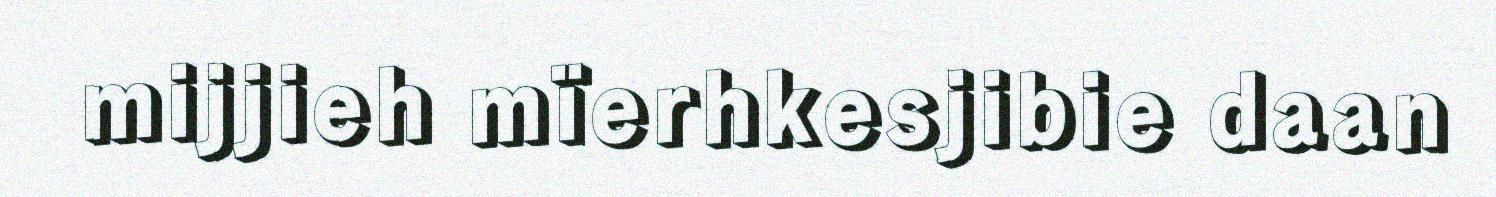
mijjieh mïerhkesjibie daan